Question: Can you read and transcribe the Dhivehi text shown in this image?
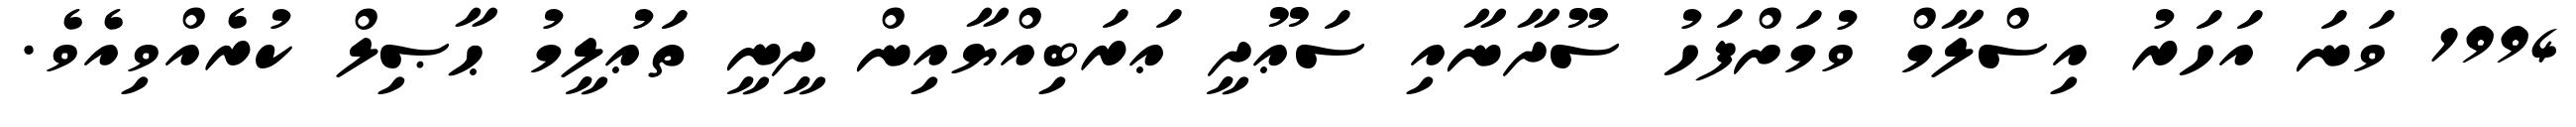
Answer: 1994 ވަނަ އަހަރު އިސްލާމް ވުމަށްފަހު ސޫދާނާއި ސަޢޫދީ ޢަރަބިއްޔާއިން ދީނީ ތަޢުލީމު ޙާޞިލް ކުރެއްވިއެވެ.